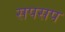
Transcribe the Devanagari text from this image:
सपसप